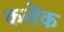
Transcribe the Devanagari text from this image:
कलेंक